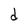
Character: d